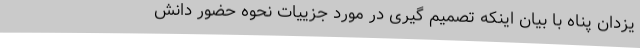
یزدان پناه با بیان اینکه تصمیم گیری در مورد جزییات نحوه حضور دانش